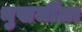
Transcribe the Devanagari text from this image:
मुखर्जीला